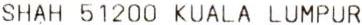
SHAH 51200 KUALA LUMPUR